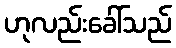
ဟုလည်းခေါ်သည်